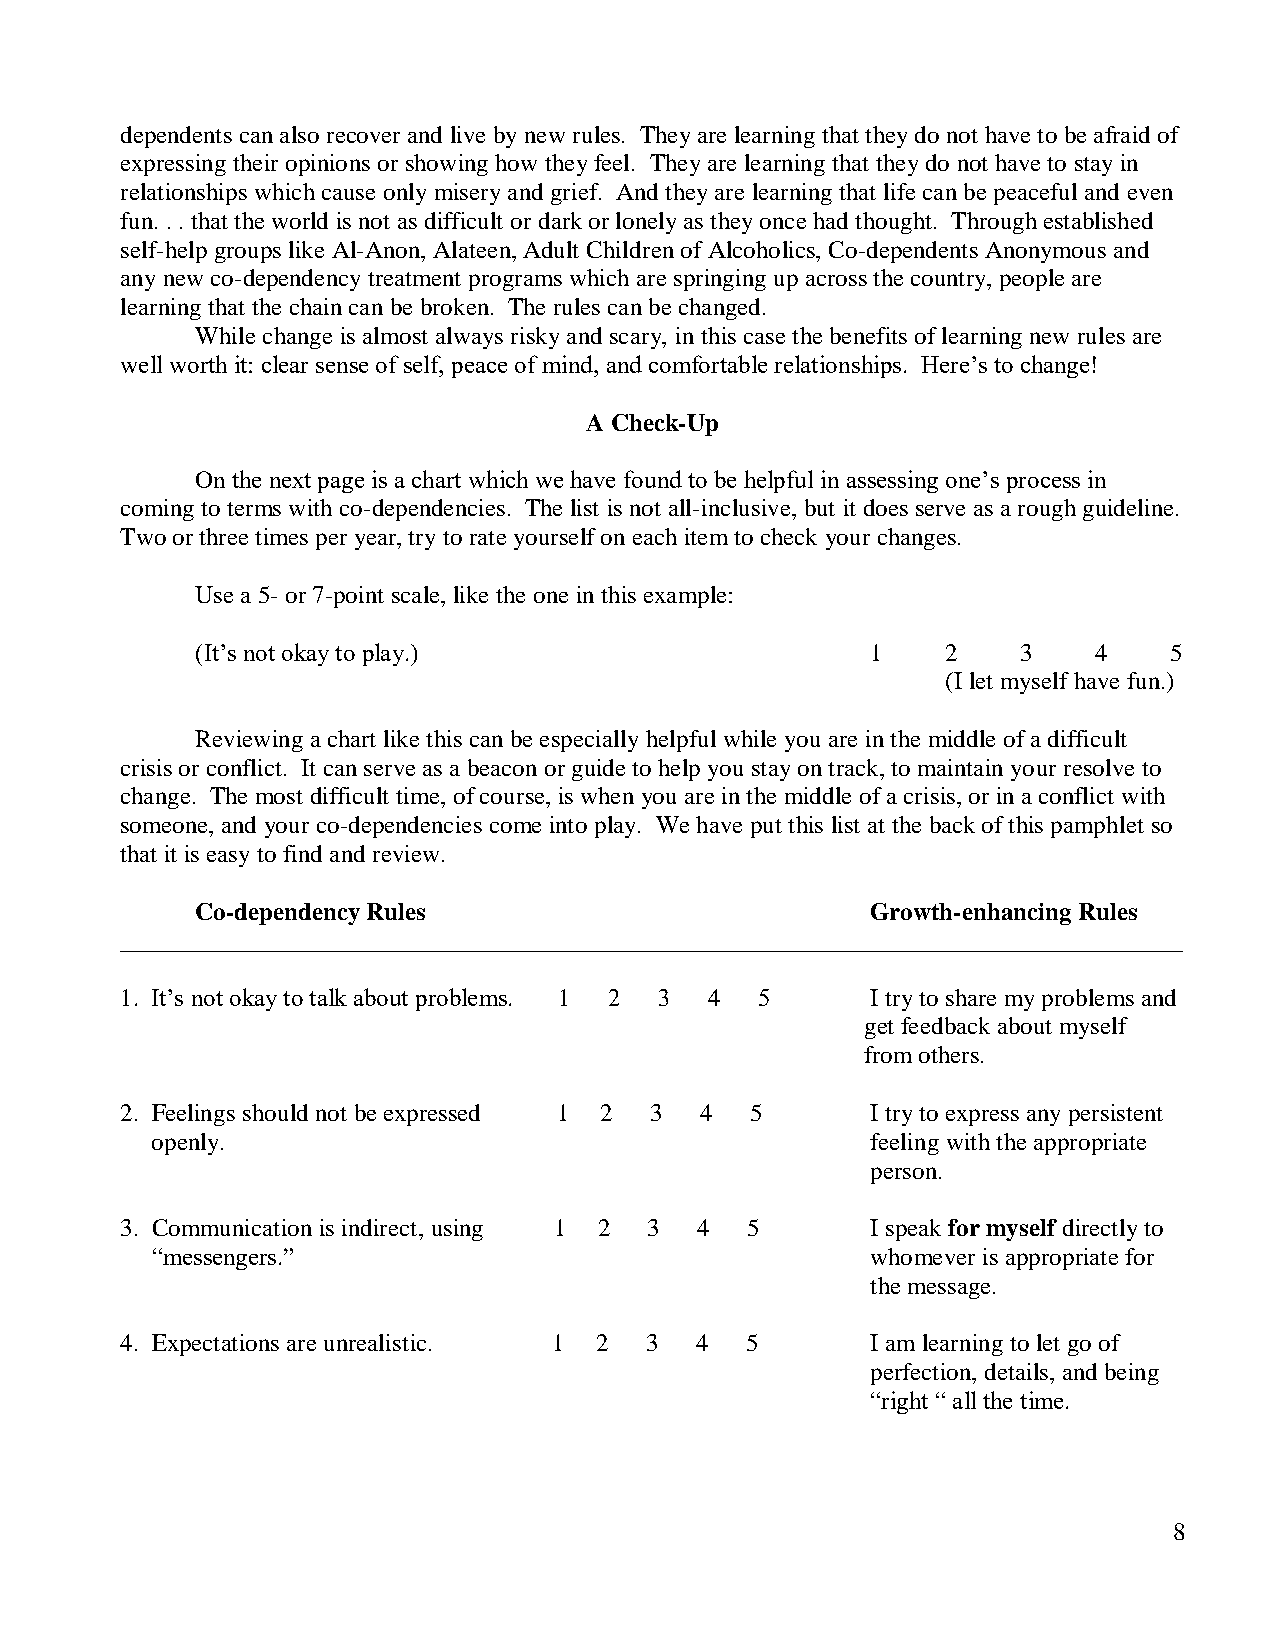
dependents can also recover and live by new rules. They are learning that they do not have to be afraid of
 expressing their opinions or showing how they feel. They are learning that they do not have to stay in
 relationships which cause only misery and grief. And they are learning that life can be peaceful and even
 fun. . . that the world is not as difficult or dark or lonely as they once had thought. Through established
 self-help groups like Al-Anon, Alateen, Adult Children of Alcoholics, Co-dependents Anonymous and
 any new co-dependency treatment programs which are springing up across the country, people are
 learning that the chain can be broken. The rules can be changed.
 While change is almost always risky and scary, in this case the benefits of learning new rules are
 well worth it: clear sense of self, peace of mind, and comfortable relationships. Here’s to change!
 A Check-Up
 On the next page is a chart which we have found to be helpful in assessing one’s process in
 coming to terms with co-dependencies. The list is not all-inclusive, but it does serve as a rough guideline.
 Two or three times per year, try to rate yourself on each item to check your changes.
 Use a 5- or 7-point scale, like the one in this example:
 (It’s not okay to play.)                     1    2    3    4   5
 (I let myself have fun.)
 Reviewing a chart like this can be especially helpful while you are in the middle of a difficult
 crisis or conflict. It can serve as a beacon or guide to help you stay on track, to maintain your resolve to
 change. The most difficult time, of course, is when you are in the middle of a crisis, or in a conflict with
 someone, and your co-dependencies come into play. We have put this list at the back of this pamphlet so
 that it is easy to find and review.
 Co-dependency Rules                          Growth-enhancing Rules
 _____________________________________________________________________________________
 1. It’s not okay to talk about problems. 1 2 3 4 5 I try to share my problems and
 get feedback about myself
 from others.
 2. Feelings should not be expressed 1 2 3 4 5     I try to express any persistent
 openly.                                         feeling with the appropriate
 person.
 3. Communication is indirect, using 1 2 3 4 5     I speak for myself directly to
 “messengers.”                                   whomever is appropriate for
 the message.
 4. Expectations are unrealistic. 1 2 3 4 5        I am learning to let go of
 perfection, details, and being
 “right “ all the time.
 8